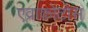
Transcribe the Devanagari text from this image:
एव्राकोटोस